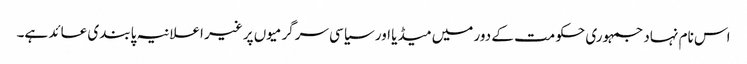
اس نام نہاد جمہوری حکومت کے دور میں میڈیا اور سیاسی سرگرمیوں پر غیر اعلانیہ پابندی عائد ہے۔